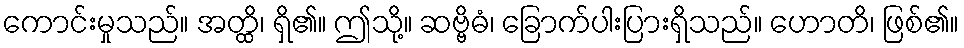
ကောင်းမှုသည်။ အတ္ထိ၊ ရှိ၏။ ဤသို့။ ဆဗ္ဗိဓံ၊ ခြောက်ပါးပြားရှိသည်။ ဟောတိ၊ ဖြစ်၏။